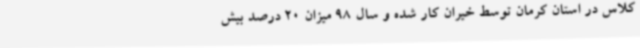
کلاس در استان کرمان توسط خیران کار شده و سال 98 میزان 20 درصد بیش